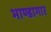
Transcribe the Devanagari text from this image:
भाण्डागार